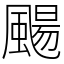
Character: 颺